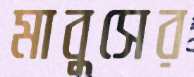
মাবুসের